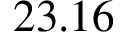
2 3 . 1 6